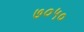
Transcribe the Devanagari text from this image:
७०५०